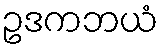
ဥဒကဘယံ